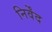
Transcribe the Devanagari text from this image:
निर्वेंद